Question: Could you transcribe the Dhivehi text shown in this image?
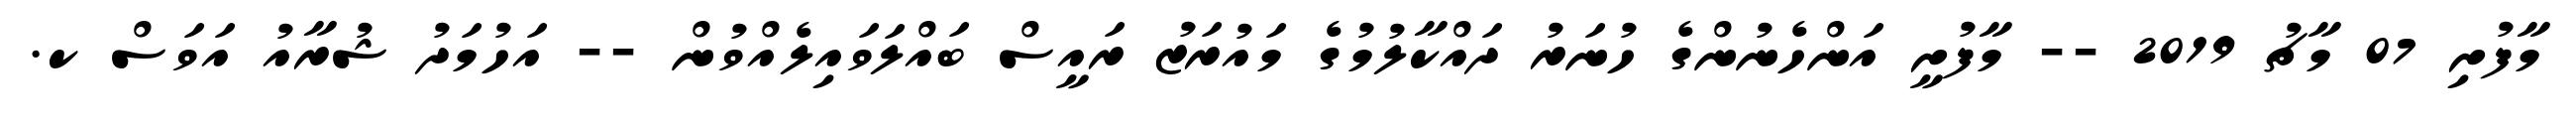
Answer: މާފުށި 07 މާޗު 2019 -- މާފުށީ އަންހެނުންގެ ހުނަރު ދައްކާލުމުގެ މައުރަޒު ރައީސް ބައްލަވައިލެއްވުން -- އަހުމަދު ޝުރާއު އަވަސް ކ.